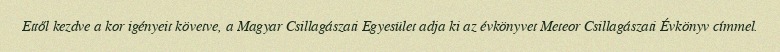
Ettől kezdve a kor igényeit követve, a Magyar Csillagászati Egyesület adja ki az évkönyvet Meteor Csillagászati Évkönyv címmel.